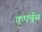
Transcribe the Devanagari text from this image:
क़ुएर्चुस